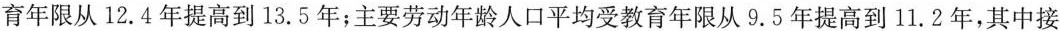
育年限从12.4年提高到13.5年；主要劳动年龄人口平均受教育年限从9.5年提高到11.2年，其中接